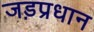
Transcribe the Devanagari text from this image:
जड़प्रधान